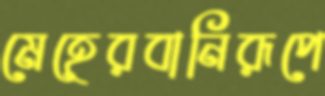
মেহেরবানিরূপে